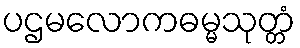
ပဌမလောကဓမ္မသုတ္တံ